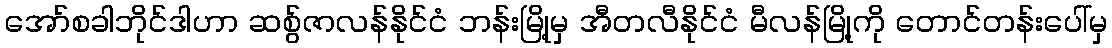
အော်စခါဘိုင်ဒါဟာ ဆစွ်ဇာလန်နိုင်ငံ ဘန်းမြို့မှ အီတလီနိုင်ငံ မီလန်မြို့ကို တောင်တန်းပေါ်မှ